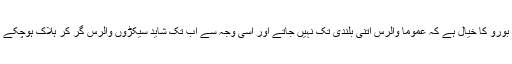
ڈیوڈ ایٹن بورو کا خیال ہے کہ عموماً والرس اتنی بلندی تک نہیں جاتے اور اسی وجہ سے اب تک شاید سیکڑوں والرس گر کر ہلاک ہوچکے ہوں گے۔